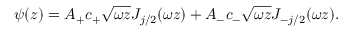
\psi ( z ) = A _ { + } c _ { + } \sqrt { \omega z } J _ { j / 2 } ( \omega z ) + A _ { - } c _ { - } \sqrt { \omega z } J _ { - j / 2 } ( \omega z ) .